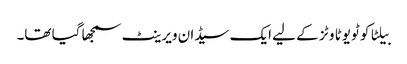
بیلٹا کو ٹویوٹا وٹز کے لیے ایک سیڈان ویرینٹ سمجھا گیا تھا۔